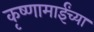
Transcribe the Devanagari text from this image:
कृष्णामाईंच्या